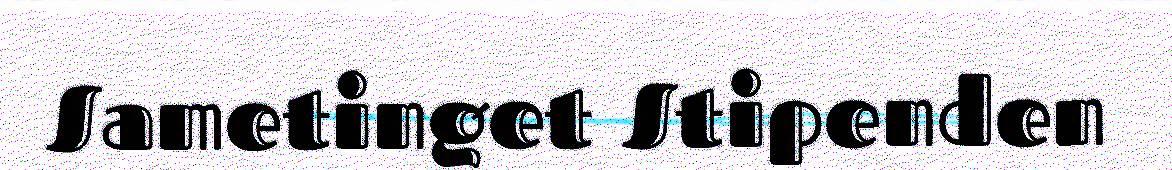
Sametinget Stipenden